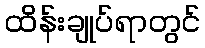
ထိန်းချုပ်ရာတွင်